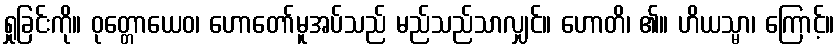
ရှုခြင်းကို။ ဝုတ္တောယေဝ၊ ဟောတော်မူအပ်သည် မည်သည်သာလျှင်။ ဟောတိ၊ ၏။ ဟိယသ္မာ၊ ကြောင့်။